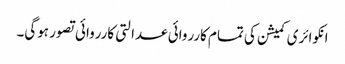
انکوائری کمیشن کی تمام کارروائی عدالتی کارروائی تصور ہوگی۔